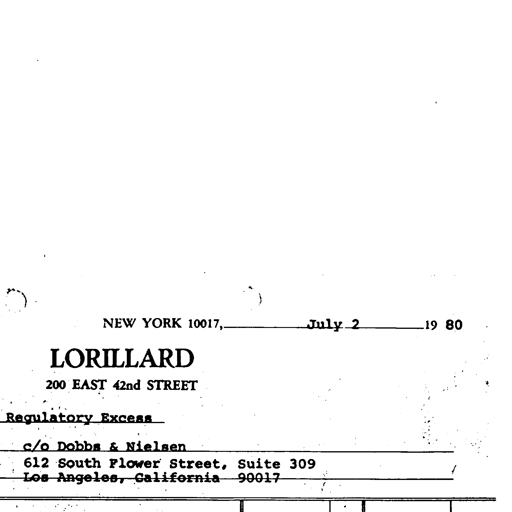
NEW YORK 10017, July 2 19 80
LORILLARD
200 EAST 42nd STREET
Regulatory Excess
c/o Dobbs & Nielsen
612 South Flower Street, Suite 309
Los Angeles, California 90017